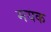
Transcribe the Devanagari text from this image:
मयक